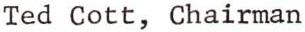
Ted Cott, Chairman